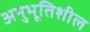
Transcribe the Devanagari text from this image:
अनुभूतिशील